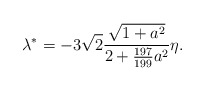
\begin{align*}\lambda^* = -3\sqrt2\frac{\sqrt{1+a^2}}{2+\frac{197}{199}a^2}\eta.\end{align*}